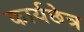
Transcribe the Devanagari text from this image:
कार्यछेत्र